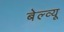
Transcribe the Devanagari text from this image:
बेल्व्यू